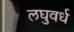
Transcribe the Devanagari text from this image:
लघुवर्ध